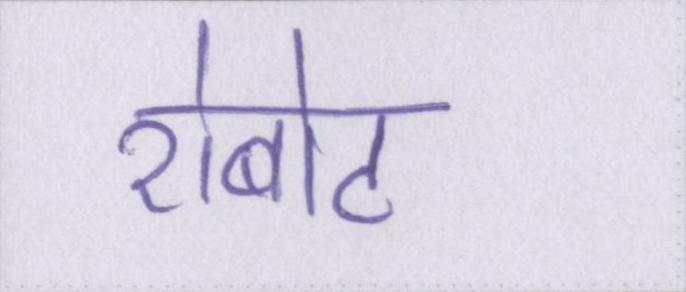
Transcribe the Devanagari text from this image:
रोबोट